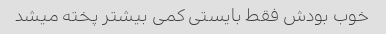
خوب بودش فقط بایستی کمی بیشتر پخته میشد